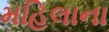
મહિલાના